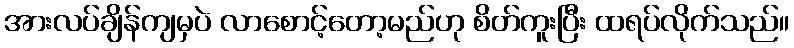
အားလပ်ချိန်ကျမှပဲ လာစောင့်တော့မည်ဟု စိတ်ကူးပြီး ထရပ်လိုက်သည်။